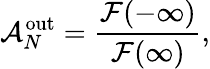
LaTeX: {\cal A}_{N}^{\mathrm{out}}={\frac{{\cal F}(-\infty)}{{\cal F}(\infty)}},